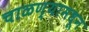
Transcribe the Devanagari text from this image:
चाळण्यामधून